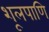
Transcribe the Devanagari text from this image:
शूलपाणि